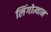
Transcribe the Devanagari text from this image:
लिंगोत्थान